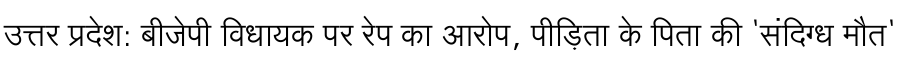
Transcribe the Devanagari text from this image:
उत्तर प्रदेश: बीजेपी विधायक पर रेप का आरोप, पीड़िता के पिता की 'संदिग्ध मौत'